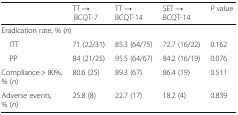
|  | TT → BCQT-7 | TT → BCQT-14 | SET → BCQT-14 | P value |
 | --- | --- | --- | --- | --- |
 | <COLSPAN=5> Eradication rate, % (n) |
 | ITT | 71 (22/31) | 85.3 (64/75) | 72.7 (16/22) | 0.162 |
 | PP | 84 (21/25) | 95.5 (64/67) | 84.2 (16/19) | 0.076 |
 | Compliance > 80%, % (n) | 80.6 (25) | 89.3 (67) | 86.4 (19) | 0.511 |
 | Adverse events, % (n) | 25.8 (8) | 22.7 (17) | 18.2 (4) | 0.839 |